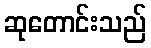
ဆုတောင်းသည်